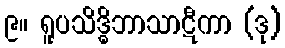
၉။ ရူပသိဒ္ဓိဘာသာဋီကာ (ဒု)